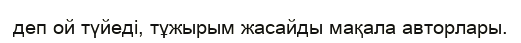
деп ой түйеді, тұжырым жасайды мақала авторлары.